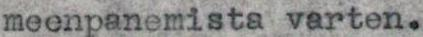
meenpanemista varten.